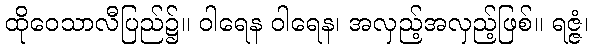
ထိုဝေသာလီပြည်၌။ ဝါရေန ဝါရေန၊ အလှည့်အလှည့်ဖြစ်။ ရဇ္ဇံ၊